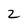
Character: 2